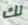
لك